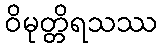
ဝိမုတ္တိရသဿ